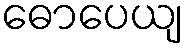
ဓောပေယျ